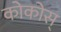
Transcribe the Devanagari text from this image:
कोकोस्